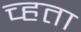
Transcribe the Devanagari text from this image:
च्हता